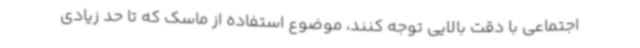
اجتماعی با دقت بالایی توجه کنند، موضوع استفاده از ماسک که تا حد زیادی